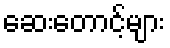
ဆေးတောင့်များ